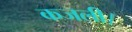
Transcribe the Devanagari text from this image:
कजली।